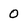
Character: 0